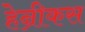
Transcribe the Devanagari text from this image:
हेन्रीकस